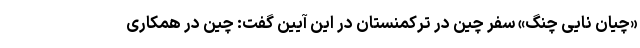
«چیان نایی چنگ» سفر چین در ترکمنستان در این آیین گفت: چین در همکاری